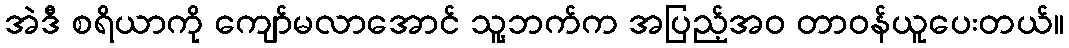
အဲဒီ စရိယာကို ကျော်မလာအောင် သူ့ဘက်က အပြည့်အဝ တာဝန်ယူပေးတယ်။